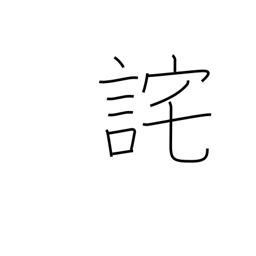
Meaning: apologize